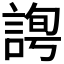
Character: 𧩛